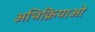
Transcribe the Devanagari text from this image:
अभिक्रियाओ